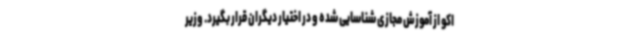
اکو از آموزش مجازی شناسایی‌ شده و در اختیار دیگران قرار بگیرد. وزیر